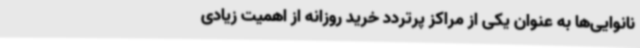
نانوایی‌ها به عنوان یکی از مراکز پرتردد خرید روزانه از اهمیت زیادی